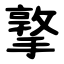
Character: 撉